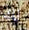
لك